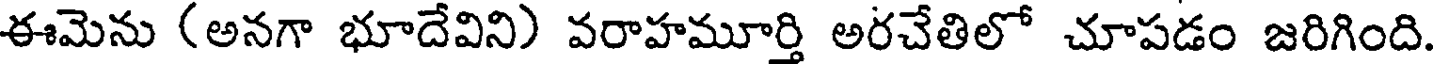
ఈమెను (అనగా భూదేవిని) వరాహమూర్తి అరచేతిలో చూపడం జరిగింది